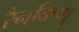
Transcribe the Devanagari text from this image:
रैनविष्णु